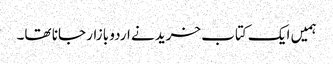
ہمیں ایک کتاب خریدنے اردو بازار جانا تھا۔